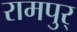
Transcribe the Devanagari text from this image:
रामपुर्